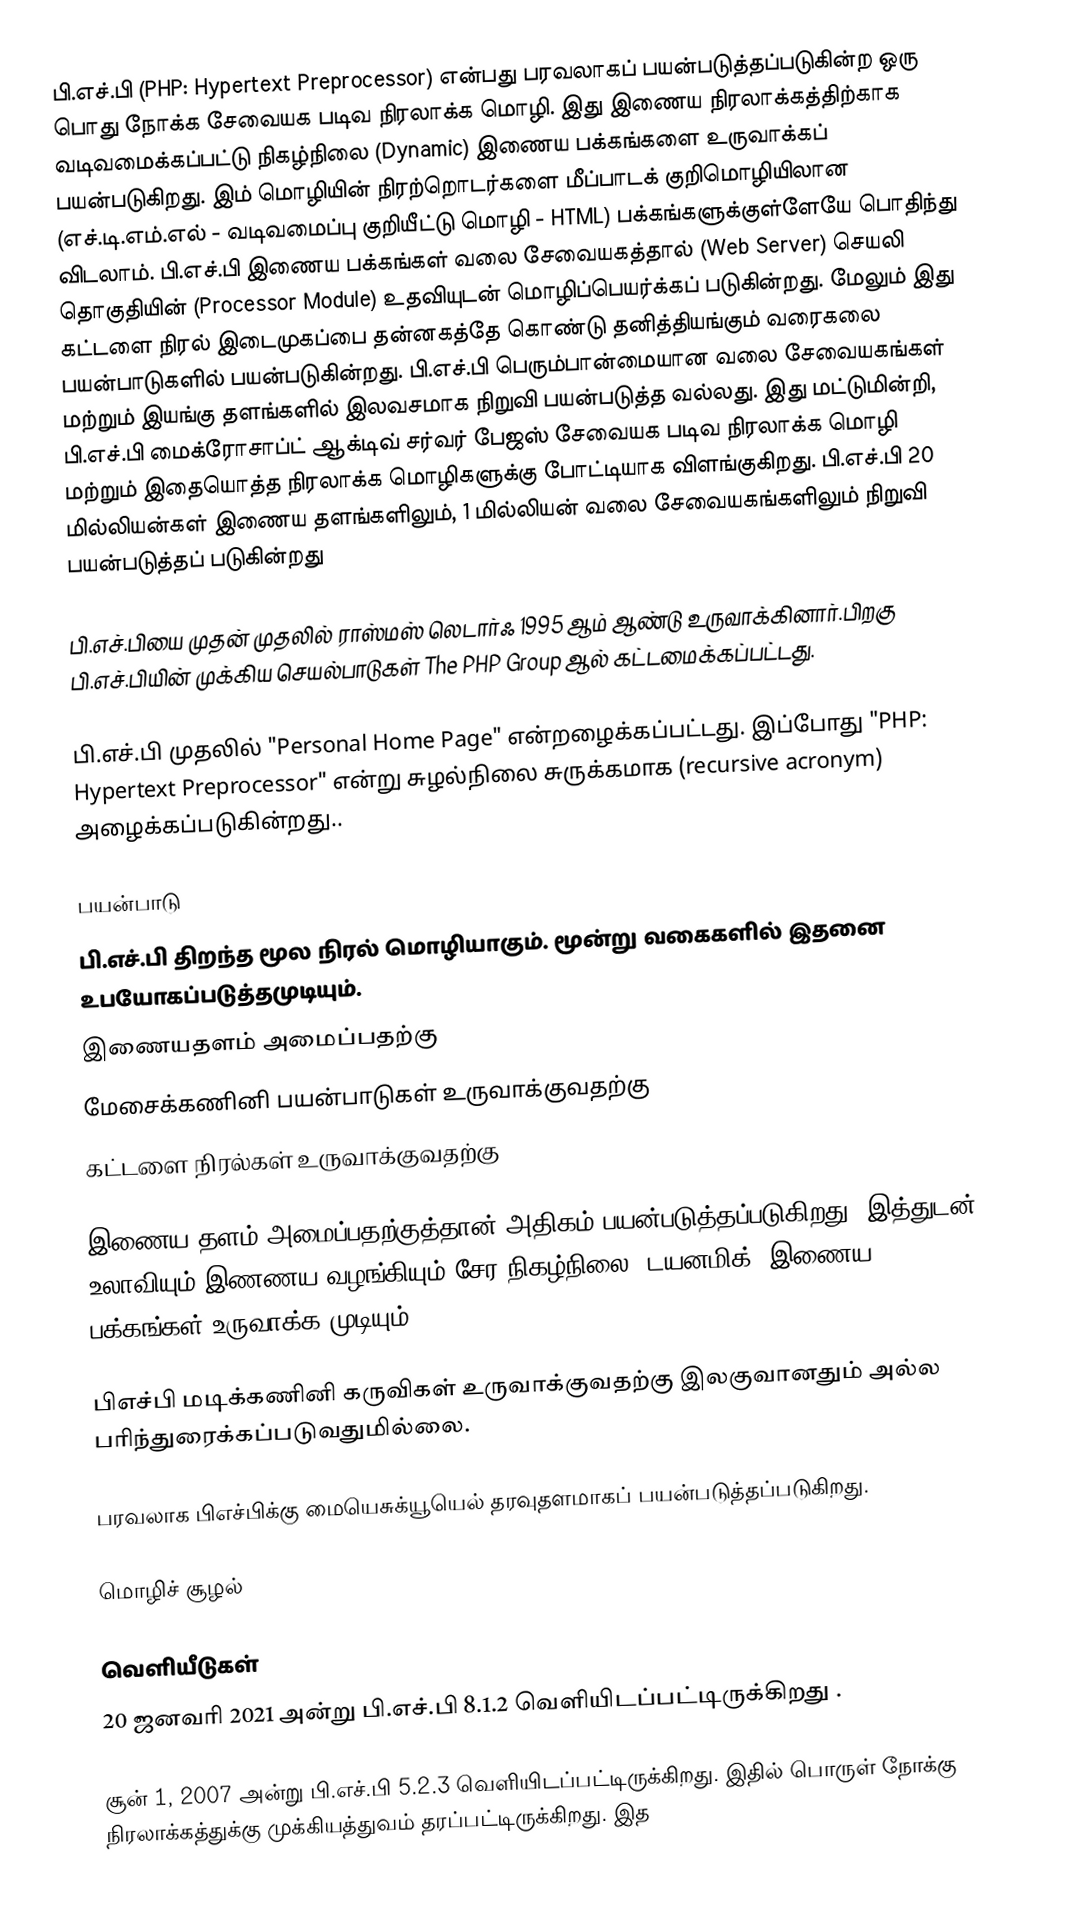
பி.எச்.பி (PHP: Hypertext Preprocessor) என்பது பரவலாகப் பயன்படுத்தப்படுகின்ற ஒரு பொது நோக்க சேவையக படிவ நிரலாக்க மொழி. இது இணைய நிரலாக்கத்திற்காக வடிவமைக்கப்பட்டு நிகழ்நிலை (Dynamic) இணைய பக்கங்களை உருவாக்கப் பயன்படுகிறது. இம் மொழியின் நிரற்றொடர்களை மீப்பாடக் குறிமொழியிலான (எச்.டி.எம்.எல் - வடிவமைப்பு குறியீட்டு மொழி - HTML) பக்கங்களுக்குள்ளேயே பொதிந்து விடலாம். பி.எச்.பி இணைய பக்கங்கள் வலை சேவையகத்தால் (Web Server) செயலி தொகுதியின் (Processor Module) உதவியுடன் மொழிப்பெயர்க்கப் படுகின்றது. மேலும் இது கட்டளை நிரல் இடைமுகப்பை தன்னகத்தே கொண்டு தனித்தியங்கும் வரைகலை பயன்பாடுகளில் பயன்படுகின்றது. பி.எச்.பி பெரும்பான்மையான வலை சேவையகங்கள் மற்றும் இயங்கு தளங்களில் இலவசமாக நிறுவி பயன்படுத்த வல்லது. இது மட்டுமின்றி, பி.எச்.பி மைக்ரோசாப்ட் ஆக்டிவ் சர்வர் பேஜஸ் சேவையக படிவ நிரலாக்க மொழி மற்றும் இதையொத்த நிரலாக்க மொழிகளுக்கு போட்டியாக விளங்குகிறது. பி.எச்.பி 20 மில்லியன்கள் இணைய தளங்களிலும், 1 மில்லியன் வலை சேவையகங்களிலும் நிறுவி பயன்படுத்தப் படுகின்றது

பி.எச்.பியை முதன் முதலில் ராஸ்மஸ் லெடார்ஃ 1995 ஆம் ஆண்டு உருவாக்கினார்.பிறகு பி.எச்.பியின் முக்கிய செயல்பாடுகள் The PHP Group ஆல் கட்டமைக்கப்பட்டது.

பி.எச்.பி முதலில் "Personal Home Page" என்றழைக்கப்பட்டது. இப்போது "PHP: Hypertext Preprocessor" என்று சுழல்நிலை சுருக்கமாக (recursive acronym) அழைக்கப்படுகின்றது..

பயன்பாடு
பி.எச்.பி திறந்த மூல நிரல் மொழியாகும்.  மூன்று வகைகளில் இதனை உபயோகப்படுத்தமுடியும்.
 இணையதளம் அமைப்பதற்கு
 மேசைக்கணினி பயன்பாடுகள் உருவாக்குவதற்கு
 கட்டளை நிரல்கள் உருவாக்குவதற்கு

இணைய தளம் அமைப்பதற்குத்தான் அதிகம் பயன்படுத்தப்படுகிறது. இத்துடன் உலாவியும் இணணய வழங்கியும் சேர நிகழ்நிலை (டயனமிக்) இணைய பக்கங்கள் உருவாக்க முடியும்.

பிஎச்பி மடிக்கணினி கருவிகள் உருவாக்குவதற்கு இலகுவானதும் அல்ல பரிந்துரைக்கப்படுவதுமில்லை.

பரவலாக பிஎச்பிக்கு மையெசுக்யூயெல் தரவுதளமாகப் பயன்படுத்தப்படுகிறது.

மொழிச் சூழல்

வெளியீடுகள்
20 ஜனவரி 2021 அன்று பி.எச்.பி 8.1.2 வெளியிடப்பட்டிருக்கிறது .

சூன் 1, 2007 அன்று பி.எச்.பி 5.2.3 வெளியிடப்பட்டிருக்கிறது. இதில் பொருள் நோக்கு நிரலாக்கத்துக்கு முக்கியத்துவம் தரப்பட்டிருக்கிறது.  இத